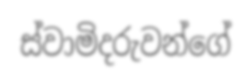
ස්වාමිදරුවන්ගේ